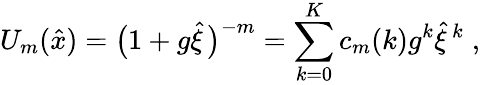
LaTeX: U_{m}(\hat{x})=\big(1+g\hat{\xi}\, \big)^{-m}=\sum_{k=0}^{K}c_{m}(k)g^{k}\hat{\xi}\, ^{k}\; ,